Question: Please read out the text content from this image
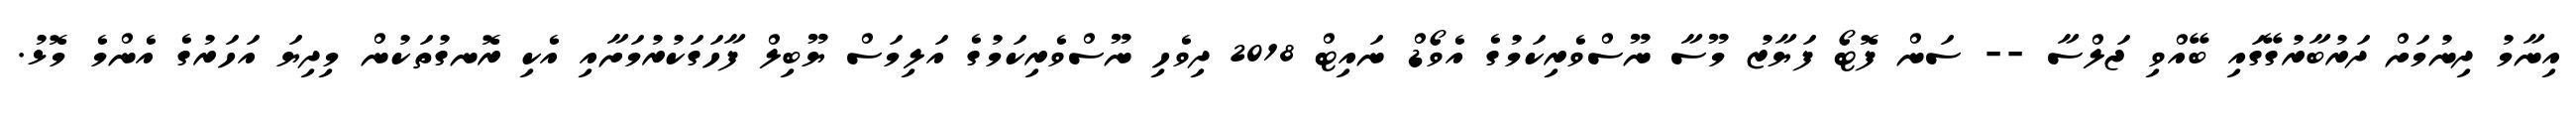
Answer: އިނާމު ދިނުމަށް ދަރުބާރުގޭގައި ބޭއްވި ޖަލްސާ -- ސަން ފޮޓޯ ފަޔާޒު މޫސާ ނޫސްވެރިކަމުގެ އެވޯޑް ނައިޓް 2018 ދިވެހި ނޫސްވެރިކަމުގެ އަލިމަސް ޔޫބިލް ފާހަގަކުރުމަށާއި އެކި ރޮނގުތަކުން މިދިޔަ އަހަރުގެ އެންމެ މޮޅު.